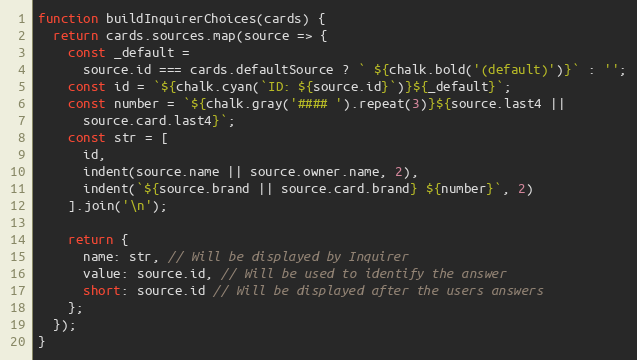
Language: JavaScript
function buildInquirerChoices(cards) {
  return cards.sources.map(source => {
    const _default =
      source.id === cards.defaultSource ? ` ${chalk.bold('(default)')}` : '';
    const id = `${chalk.cyan(`ID: ${source.id}`)}${_default}`;
    const number = `${chalk.gray('#### ').repeat(3)}${source.last4 ||
      source.card.last4}`;
    const str = [
      id,
      indent(source.name || source.owner.name, 2),
      indent(`${source.brand || source.card.brand} ${number}`, 2)
    ].join('\n');

    return {
      name: str, // Will be displayed by Inquirer
      value: source.id, // Will be used to identify the answer
      short: source.id // Will be displayed after the users answers
    };
  });
}